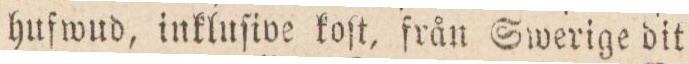
hufwud, inkluſive koſt, från Swerige dit